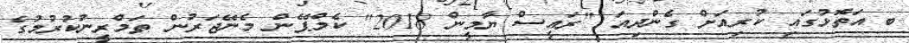
ބ އަތޮޅުގައި ކުރިއަށް ގެންދިއަ "ރައީސް ޔާމީން 2018" ކެމްޕޭން މެނޭޖަރުން ތަމްރީނުކުރުމުގެ